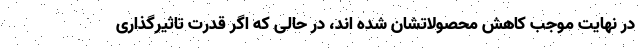
در نهایت موجب کاهش محصولاتشان شده اند، در حالی که اگر قدرت تاثیرگذاری